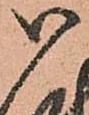
御